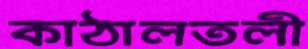
কাঠালতলী